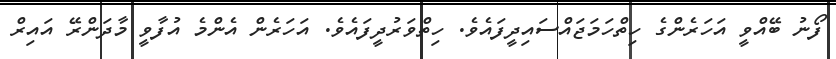
ފޯނު ބޭއްވީ އަހަރެންގެ ހިތްހަމަޖައްސައިދީފައެވެ. ހިތްވަރުދީފައެވެ. އަހަރެން އެންމެ އުފާވީ މާދަންރޭ އައިރް